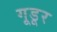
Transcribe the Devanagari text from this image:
गूडूर